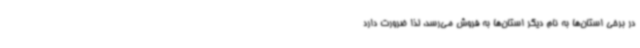
در برخی استان‌ها به نام دیگر استان‌ها به فروش می‌رسد، لذا ضرورت دارد